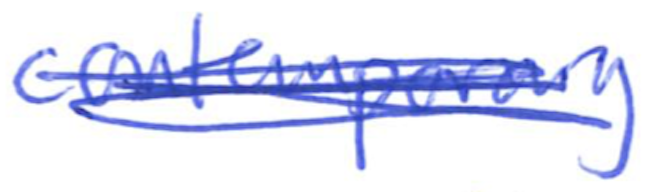
Text: contemporary
Cross-out: scratch
Writing tool: ballpoint